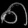
Digit: ၈